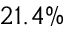
2 1 . 4 \%